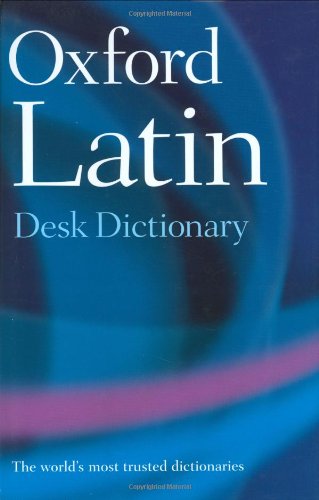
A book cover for Oxford Latin Desk Dictionary; Engineering & Transportation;